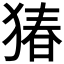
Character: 𬌸